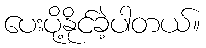
ပေးပို့နိုင်ခဲ့ပါတယ်။